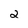
Character: 2